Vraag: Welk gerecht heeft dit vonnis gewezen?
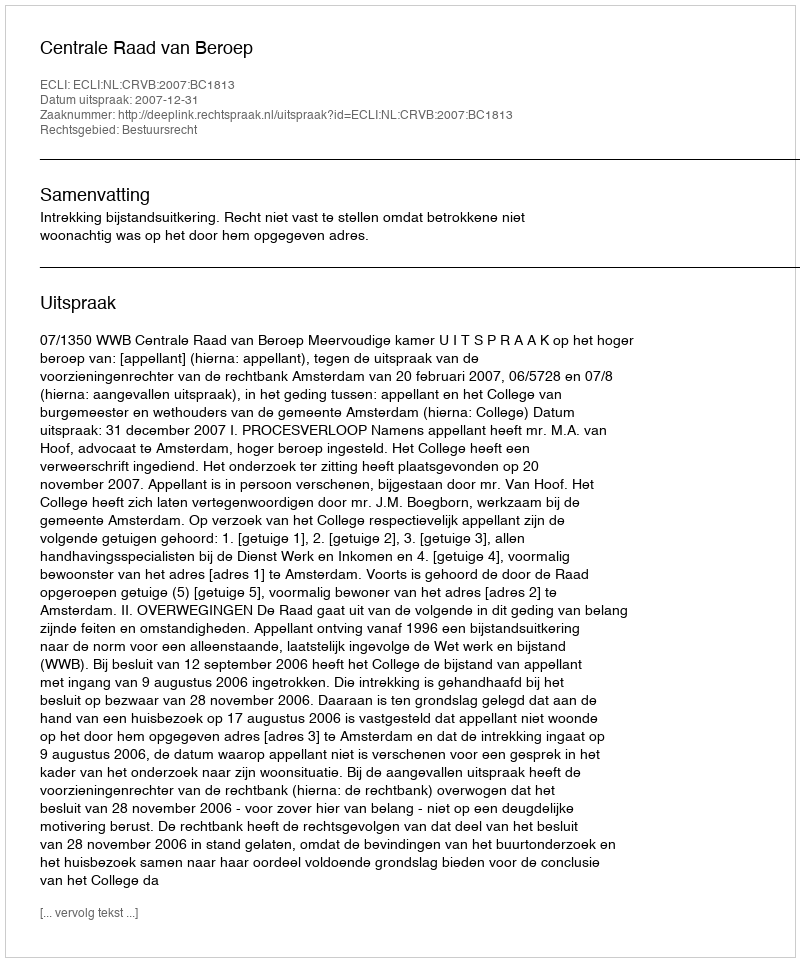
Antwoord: Centrale Raad van Beroep